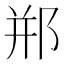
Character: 郱